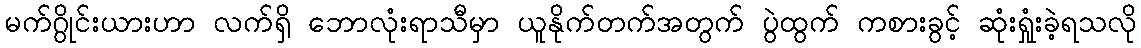
မက်ဂွိုင်းယားဟာ လက်ရှိ ဘောလုံးရာသီမှာ ယူနိုက်တက်အတွက် ပွဲထွက် ကစားခွင့် ဆုံးရှုံးခဲ့ရသလို